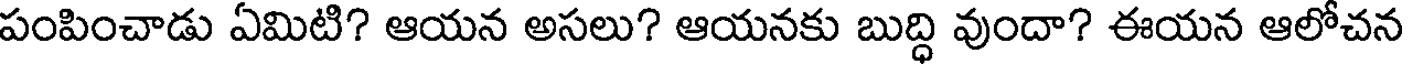
పంపించాడు ఏమిటి? ఆయన అసలు? ఆయనకు బుద్ధి వుందా? ఈయన ఆలోచన